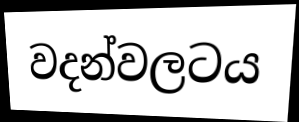
වදන්වලටය